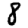
Digit: 8